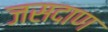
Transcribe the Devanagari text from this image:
जसदाण